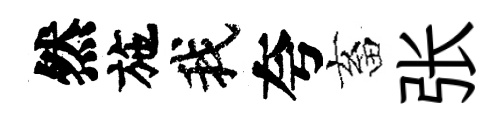
然施我夸畜张